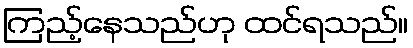
ကြည့်နေသည်ဟု ထင်ရသည်။